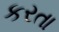
કરતા